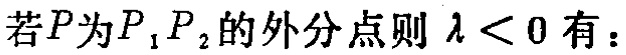
若\(P\)为\(P_{1}P_{2}\)的外分点则\(\lambda < 0\)有：